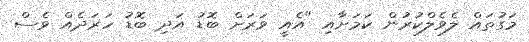
މަގުތައް ލެވެލްކުރުން ކަމަށާއި "އެއީ ވަރަށް ބޮޑު އަދި ބޮޑު ހަރަދެއް ވެސް